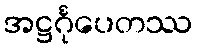
အဋ္ဌင်္ဂုပေတဿ